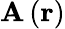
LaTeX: \mathbf{A}\left(\mathbf{r}\right)